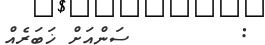
:        ސަންއަށް ޚަބަރެއް